Scientific memoirs by medical officers of the Army of India - Part X,
Year: 1897
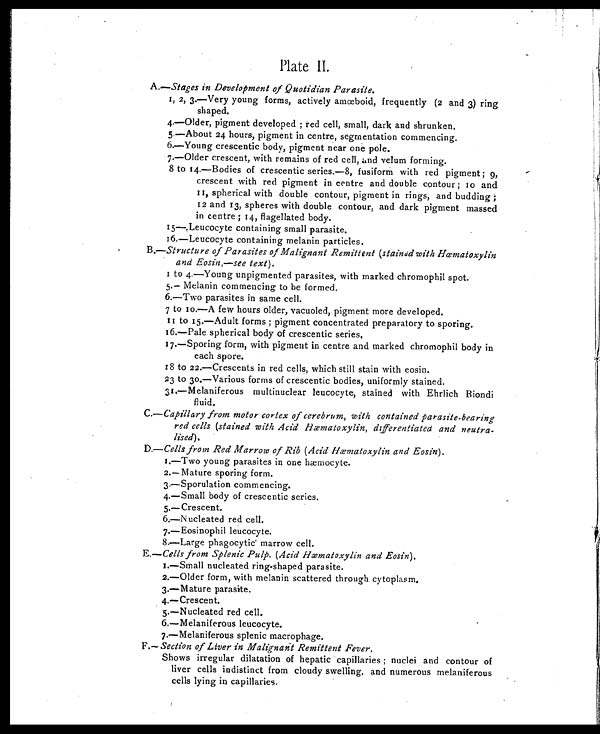
Plate II.
A.—Stages in Development of Quotidian Parasite.
1, 2, 3.—Very young forms, actively amœboid, frequently (2 and 3) ring
shaped.
4.—Older, pigment developed ; red cell, small, dark and shrunken.
5.—About 24 hours, pigment in centre, segmentation commencing.
6.—Young crescentic body, pigment near one pole.
7.—Older crescent, with remains of red cell, and velum forming.
8 to 14.—Bodies of crescentic series.—8, fusiform with red pigment ; 9,
crescent with red pigment in centre and double contour ; 10 and
11, spherical with double contour, pigment in rings, and budding ;
12 and 13, spheres with double contour, and dark pigment massed
in centre ; 14, flagellated body.
15—.Leucocyte containing small parasite.
16.—Leucocyte containing melanin particles.
B.—Structure of Parasites of Malignant Remittent (stained with Hœmatoxylin
and Eosin,—see text).
1 to 4.—Young unpigmented parasites, with marked chromophil spot.
5.— Melanin commencing to be formed.
6.—Two parasites in same cell.
7 to 10.—A few hours older, vacuoled, pigment more developed.
11 to 15.—Adult forms ; pigment concentrated preparatory to sporing.
16.—Pale spherical body of crescentic series.
17.—Sporing form, with pigment in centre and marked chromophil body in
each spore.
18 to 22.—Crescents in red cells, which still stain with eosin.
23 to 30.—Various forms of crescentic bodies, uniformly stained.
31.—Melaniferous multinuclear leucocyte, stained with Ehrlich Biondi
fluid.
C.—Capillary from motor cortex of cerebrum, with contained parasite-bearing
red cells (stained with Acid Hæmatoxylin, differentiated and neutra-
lised).
D.—Cells from Red Marrow of Rib (Acid Hæmatoxylin and Eosin).
1.—Two young parasites in one hæmocyte.
2.— Mature sporing form.
3.—Sporulation commencing.
4.—Small body of crescentic series.
5.—Crescent.
6.—Nucleated red cell.
7.—Eosinophil leucocyte.
8.—Large phagocytic marrow cell.
E. —Cells from Splenic Pulp. (Acid Hæmatoxylin and Eosin).
1.—Small nucleated ring-shaped parasite.
2.—Older form, with melanin scattered through cytoplasm.
3.—Mature parasite.
4.—Crescent.
5.—Nucleated red cell.
6.—Melaniferous leucocyte.
7.—Melaniferous splenic macrophage.
F. —Section of Liver in Malignant Remittent Fever.
Shows irregular dilatation of hepatic capillaries ; nuclei and contour of
liver cells indistinct from cloudy swelling, and numerous melaniferous
cells lying in capillaries.